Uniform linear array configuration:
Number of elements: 24
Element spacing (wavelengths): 1
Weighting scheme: exponential
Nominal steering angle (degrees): -45
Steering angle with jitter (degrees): -45.841
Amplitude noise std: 0.05
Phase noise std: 0.05

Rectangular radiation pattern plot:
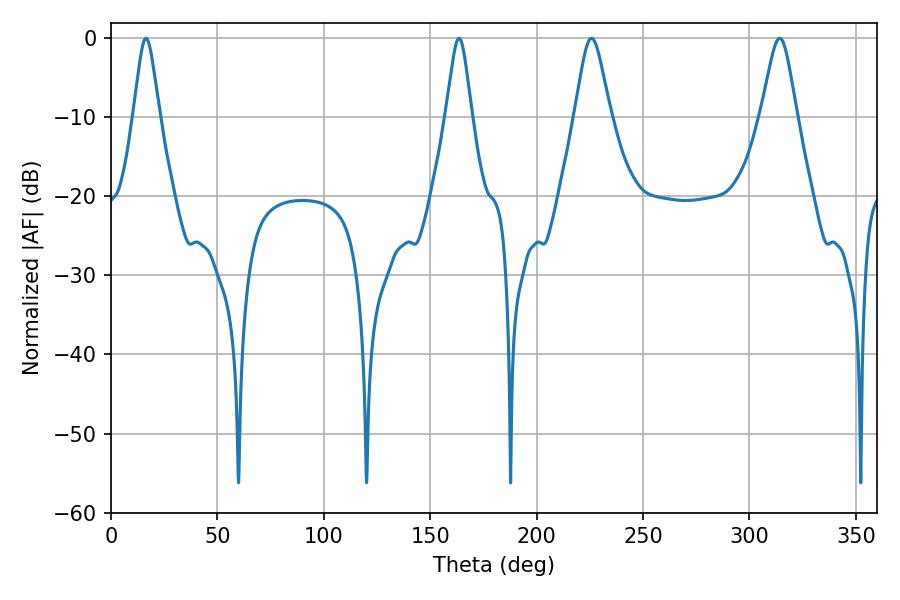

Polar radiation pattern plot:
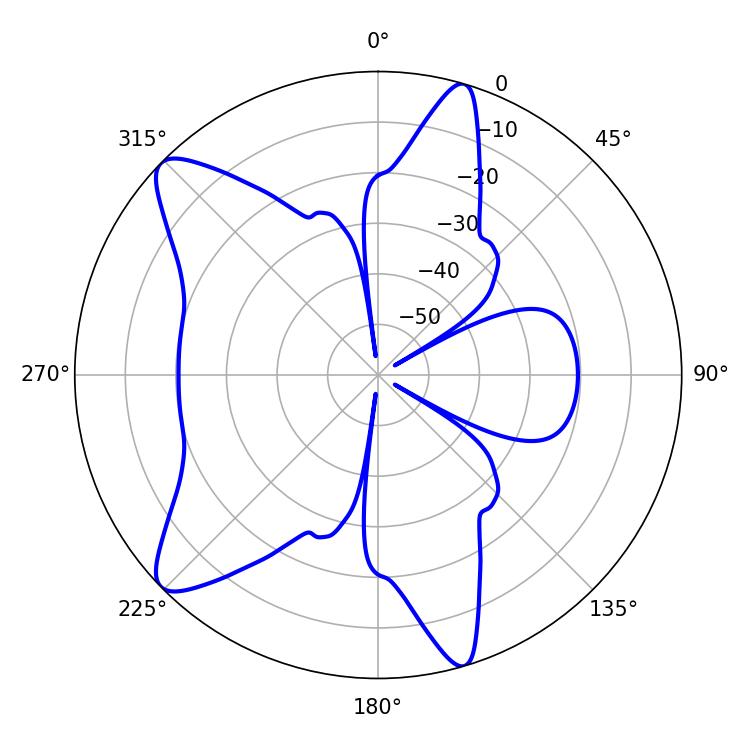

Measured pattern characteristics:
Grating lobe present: TRUE
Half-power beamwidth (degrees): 8.28
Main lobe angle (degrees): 225.72